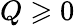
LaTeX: Q\geqslant 0